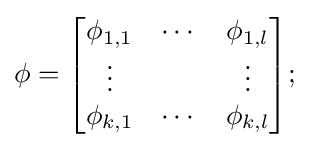
\phi ={\begin{bmatrix}\phi _{1,1}&\cdots &\phi _{1,l}\\\vdots &&\vdots \\\phi _{k,1}&\cdots &\phi _{k,l}\end{bmatrix}};